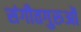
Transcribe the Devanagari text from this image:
संगीतगुरुओं